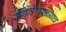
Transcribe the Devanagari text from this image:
संगमेश्वराच्याच